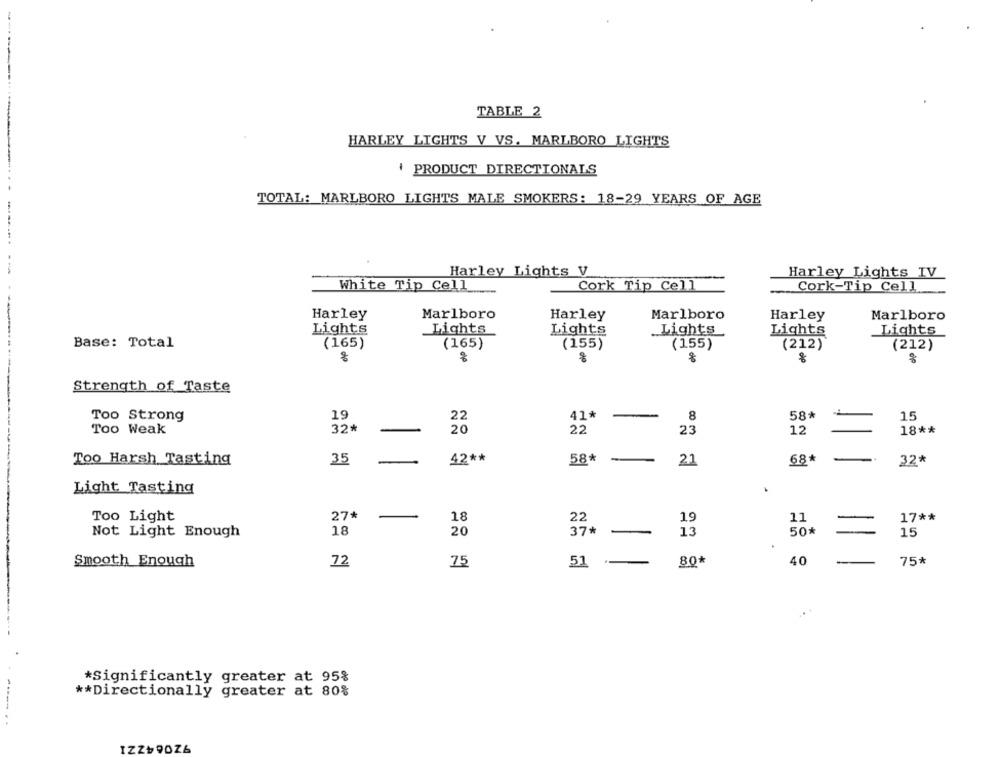
TABLE 2
HARLEY LIGHTS V VS. MARLBORO LIGHTS
PRODUCT DIRECTIONALS
..
TOTAL: MARLBORO LIGHTS MALE SMOKERS: 18-29 YEARS OF AGE
Harley Lights V
--
Harley Lights IV
White Tip Cell
Cork Tip Cell
Cork-Tip Cell
---
Harley
Marlboro
Harley
Marlboro
Harley
Marlboro
Lights
Lights
Lights
Lights
Lights
Lights
Base: Total
(165)
(165)
(155)
(155)
(212)
(212)
%
%
Strength of Taste
Too Strong
19
22
41*
58*
15
Too Weak
32*
20
22
23
12
18 **
Too Harsh Tasting
35
42 **
58*
21
68*
32*
Light Tasting
Too Light
27*
18
22
19
11
17 **
18
20
37 *
Not Light Enough
13
50*
15
40
-
Smooth Enough
72
75
51
80*
75*
*Significantly greater at 95%
** Directionally greater at 80%
92064ZZI